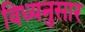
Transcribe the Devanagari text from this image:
विध्यनुसार